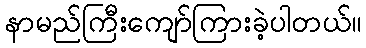
နာမည်ကြီးကျော်ကြားခဲ့ပါတယ်။